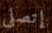
إتصلي